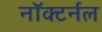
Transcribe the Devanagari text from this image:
नॉक्टर्नल